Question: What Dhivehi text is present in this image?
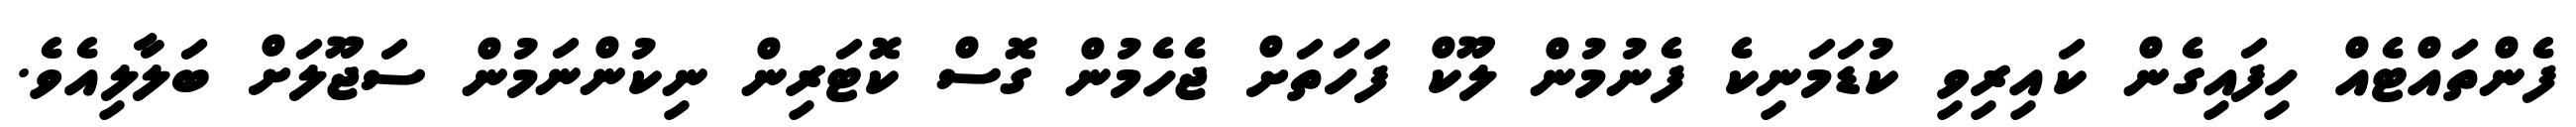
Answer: ފެންތައްޓެއް ހިފައިގެން ކައިރިވި ކުޑަމަނިކެ ފެނުމުން ލޫކް ފަހަތަށް ޖެހެމުން ގޮސް ކޮޓަރިން ނިކުންނަމުން ސަޖޫލަށް ބަލާލިއެވެ.